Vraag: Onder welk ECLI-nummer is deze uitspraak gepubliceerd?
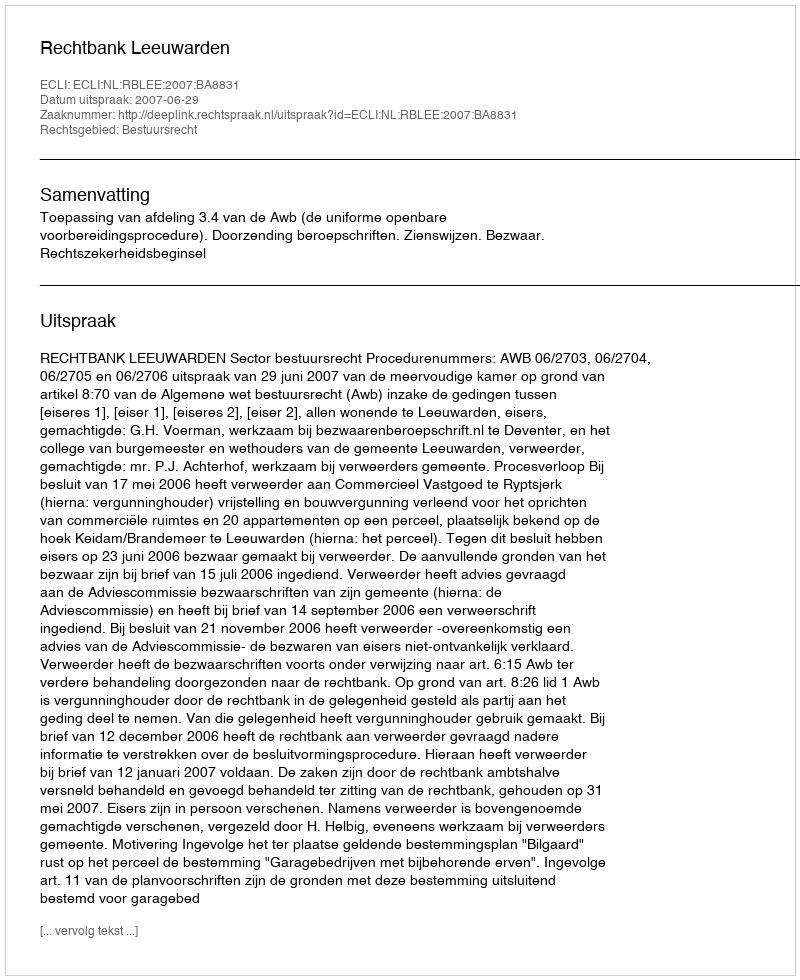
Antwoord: ECLI:NL:RBLEE:2007:BA8831